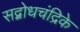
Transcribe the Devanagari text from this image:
सद्बोधचंद्रिके